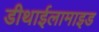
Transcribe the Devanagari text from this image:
डीथाईलामाइड